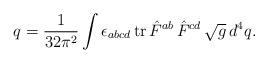
LaTeX: \begin{align*}q=\frac 1{32\pi ^2}\int \epsilon _{abcd}\,{\rm tr\,}\hat{F}^{ab}\,\hat{F}^{cd}\,\sqrt{g}\,d^4q.\end{align*}